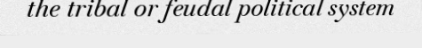
the tribal or feudal political system